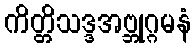
ကိတ္တိသဒ္ဒအဗ္ဘုဂ္ဂမနံ